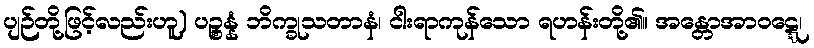
ပျဉ်တို့ဖြင့်လည်းဟူ) ပဉ္စန္နံ ဘိက္ခုသတာနံ၊ ငါးရာကုန်သော ရဟန်းတို့၏။ အန္တောအာဝဋ္ဋေ၊